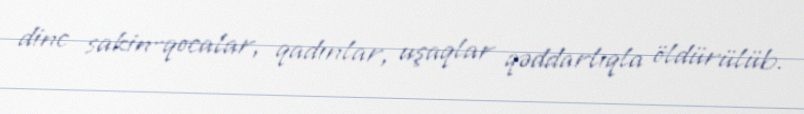
dinc sakin-qocalar, qadınlar, uşaqlar qəddarlıqla öldürülüb.